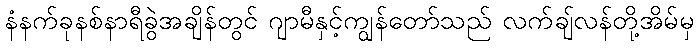
နံနက်ခုနစ်နာရီခွဲအချိန်တွင် ဂျာမီနှင့်ကျွန်တော်သည် လက်ချ်လန်တို့အိမ်မှ